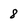
Character: 8